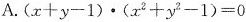
A.$$( x + y - 1 ) · ( x ^ { 2 } + y ^ { 2 } - 1 ) = 0$$